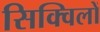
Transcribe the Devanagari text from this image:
सिक्विलों